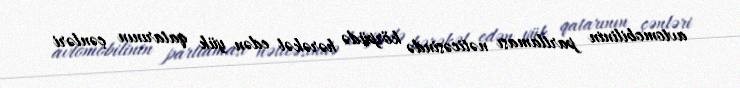
avtomobilinin partlaması nəticəsində körpüdə hərəkət edən yük qatarının çənləri